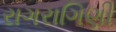
રાગરાગિણી